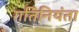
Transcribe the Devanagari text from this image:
गतिनियंता